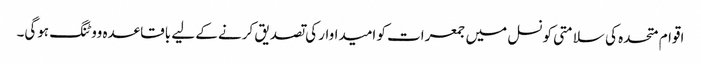
اقوام متحدہ کی سلامتی کونسل میں جمعرات کو امیداوار کی تصدیق کرنے کے لیے باقاعدہ ووٹنگ ہوگی۔